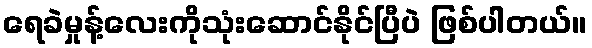
ရေခဲမှုန့်လေးကိုသုံးဆောင်နိုင်ပြီပဲ ဖြစ်ပါတယ်။